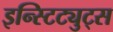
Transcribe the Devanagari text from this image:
इन्स्टिट्युट्स